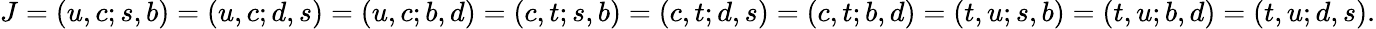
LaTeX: J=(u,c;s,b)=(u,c;d,s)=(u,c;b,d)=(c,t;s,b)=(c,t;d,s)=(c,t;b,d)=(t,u;s,b)=(t,u;b,d)=(t,u;d,s).